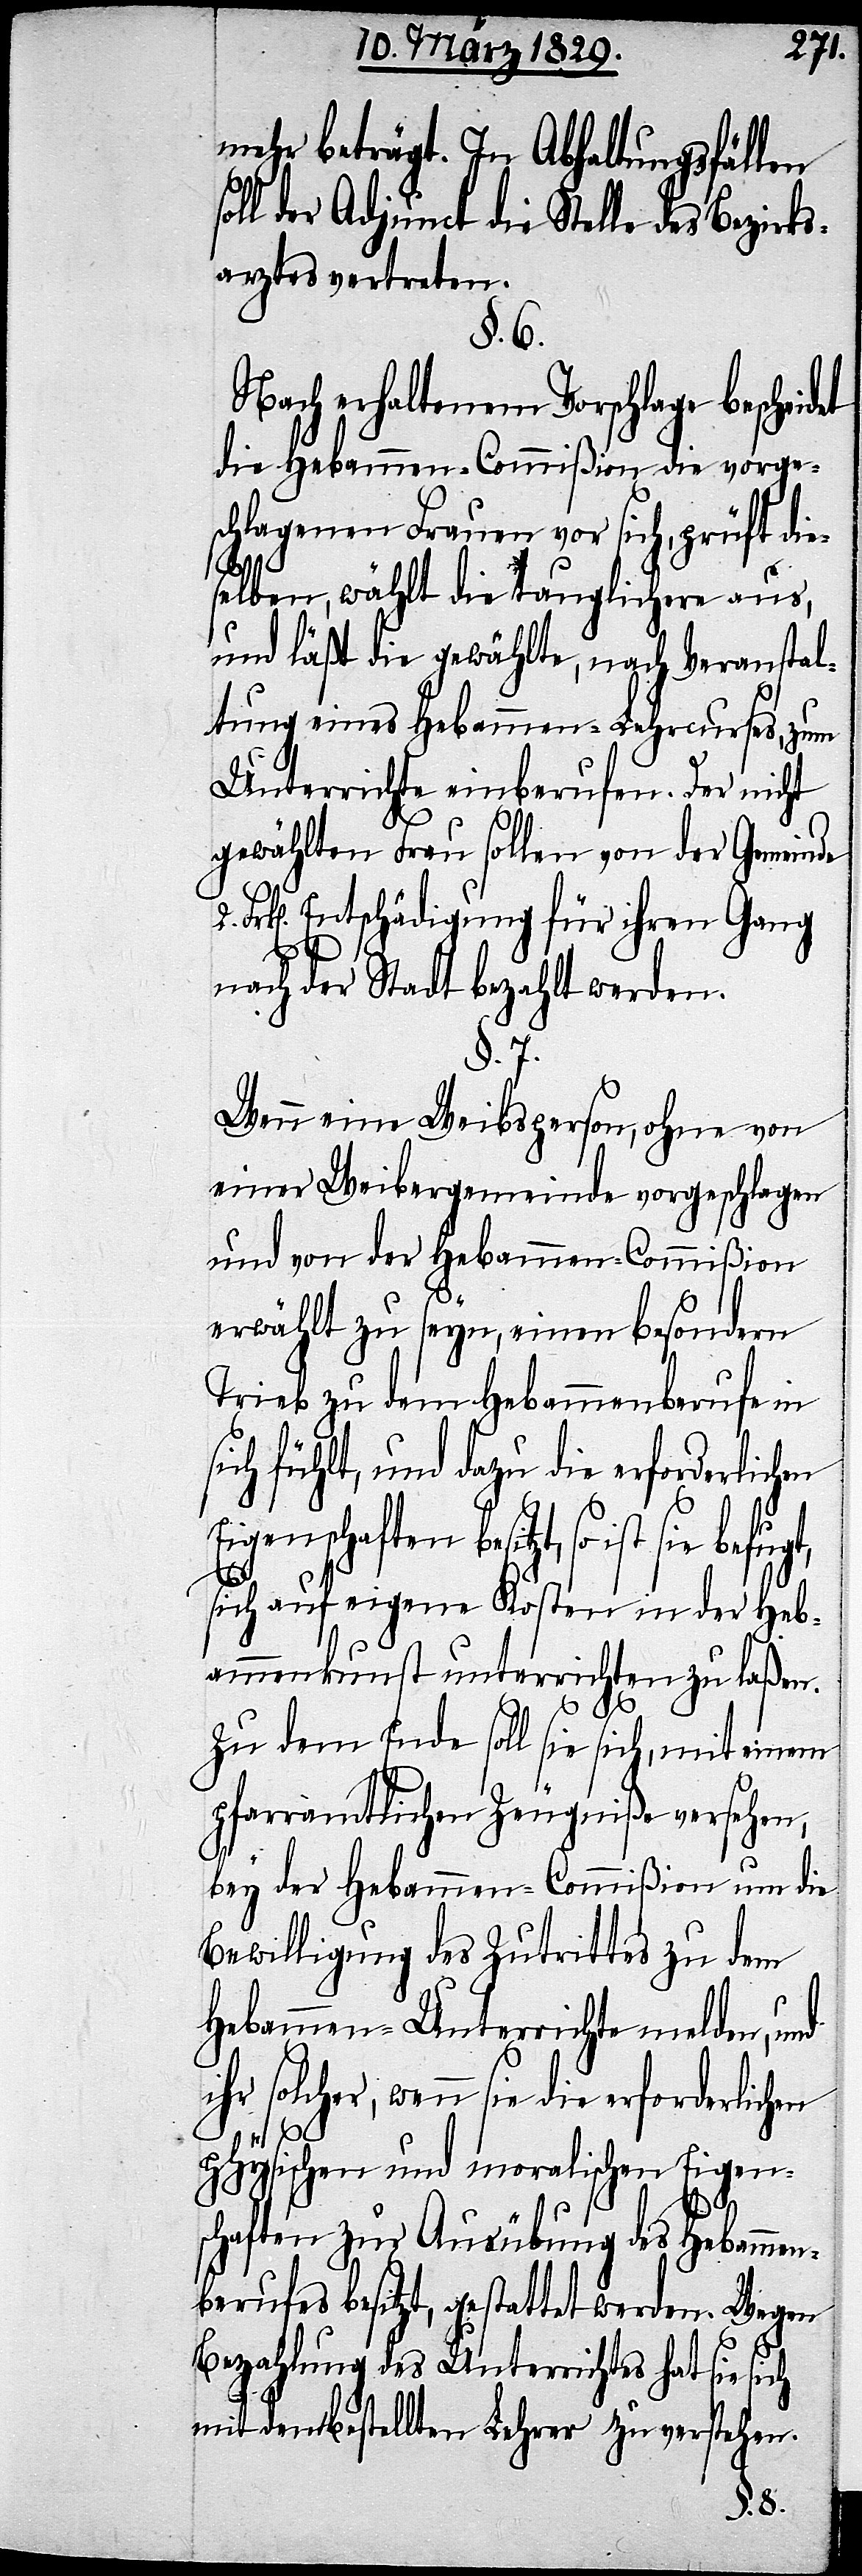
mehr beträgt. In Abhaltungsfällen
oll der Adjunct die Stelle des Bezirks¬
arztes vertreten.
§. 6.
Nach erhaltenem Vorschlage beschei¬
die Hebammen-Commißion die vorge¬
schlagenen Frauen vor sich, prüft die¬
selben, wählt die tauglichere aus,
und läßt die gewählte, nach Veranstal¬
tung eines Hebammen-Lehrcurses, zum
Unterrichte einberufen. Der nicht
gewählten Frau sollen von der Gemeinde
rk[en]. Entschädigung für ihren Gang
nach der Stadt bezahlt werden.
§. 7.
Wenn eine Weibsperson, ohne von
einer Weibergemeinde vorgeschlagen
und von der Hebammen-Commißion
erwählt zu seyn, einen besondern
Trieb zu dem Hebammenberufe in
ich fühlt, und dazu die erforderlich¬
Eigenschaften besitzt, so ist sie
en
sich auf eigene Kosten in der Heb¬
ammenkunst unterrichten zu laßen.
Zu dem Ende soll sie sich, mit einem
pfarramtlichen Zeugniße versehen,
bey der Hebammen-Commißion um die
Bewilligung des Zutrittes zu dem
Hebammen-Unterrichte melden, und
ihr solcher, wenn sie die erforderlichen
physischen und moralischen Eigen¬
det
schaften zur Ausübung des Hebammen¬
berufes besitzt, gestattet werden. Wegen
Bezahlung des Unterrichtes hat sie sich
mit dem bestellten Lehrer zu verstehen.